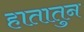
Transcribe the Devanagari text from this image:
हातातुन